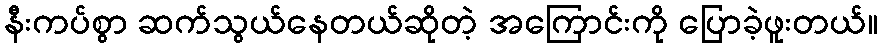
နီးကပ်စွာ ဆက်သွယ်နေတယ်ဆိုတဲ့ အကြောင်းကို ပြောခဲ့ဖူးတယ်။